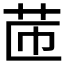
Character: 𦭧